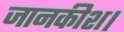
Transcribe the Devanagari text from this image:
जानकीश।